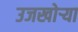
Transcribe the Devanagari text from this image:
उजखोर्‍या